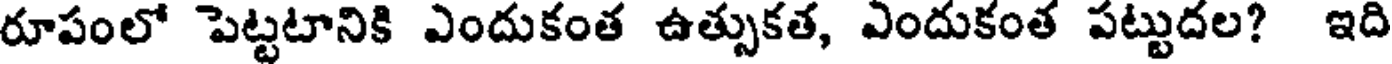
రూపంలో పెట్టటానికి ఎందుకంత ఉత్సుకత, ఎందుకంత పట్టుదల? ఇది